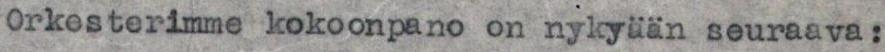
Orkesterimme kokoonpano on nykyään seuraava: